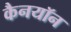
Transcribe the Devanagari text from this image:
कैनयॉन